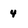
Character: 4